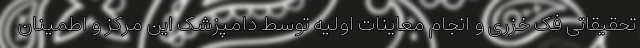
تحقیقاتی فک خزری و انجام معاینات اولیه توسط دامپزشک این مرکز و اطمینان